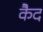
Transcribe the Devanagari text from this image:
कैेद